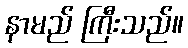
နာမည် ကြီးသည်။